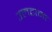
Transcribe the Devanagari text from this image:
उलटाना